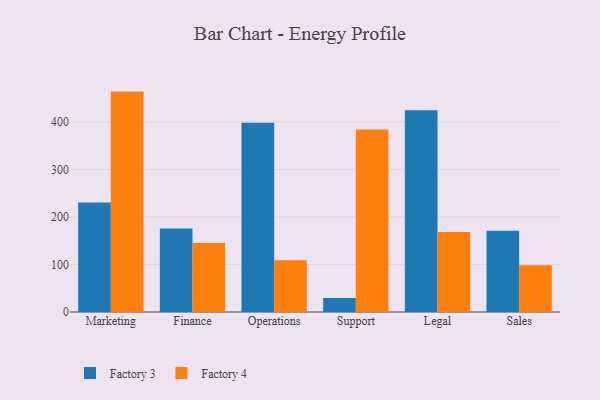
{"axis": {"x": "Department", "y": "LTV (USD)"}, "legend": ["Factory 3", "Factory 4"], "data": [{"x": "Marketing", "y": 230.3, "type": "Factory 3"}, {"x": "Marketing", "y": 463.8, "type": "Factory 4"}, {"x": "Finance", "y": 175.7, "type": "Factory 3"}, {"x": "Finance", "y": 145.1, "type": "Factory 4"}, {"x": "Operations", "y": 398.1, "type": "Factory 3"}, {"x": "Operations", "y": 108.8, "type": "Factory 4"}, {"x": "Support", "y": 29.4, "type": "Factory 3"}, {"x": "Support", "y": 384.0, "type": "Factory 4"}, {"x": "Legal", "y": 424.8, "type": "Factory 3"}, {"x": "Legal", "y": 168.5, "type": "Factory 4"}, {"x": "Sales", "y": 170.9, "type": "Factory 3"}, {"x": "Sales", "y": 98.6, "type": "Factory 4"}]}